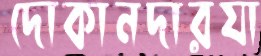
দোকানদারযা